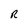
Character: R